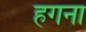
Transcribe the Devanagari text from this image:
हगना